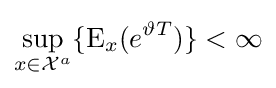
\sup _{x\in {\mathcal {X}}^{a}}\{\operatorname {E} _{x}(e^{\vartheta T})\}<\infty